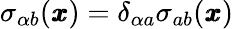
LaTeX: \sigma_{\alpha b}({\pmb x})=\delta_{\alpha a}\sigma_{ab}({\pmb x})